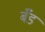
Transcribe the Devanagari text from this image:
बॅँंड